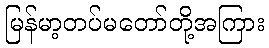
မြန်မာ့တပ်မတော်တို့အကြား